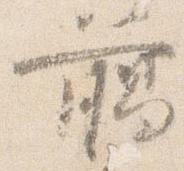
臈